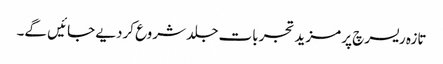
تازہ ریسرچ پر مزید تجربات جلد شروع کردیے جائیں گے۔